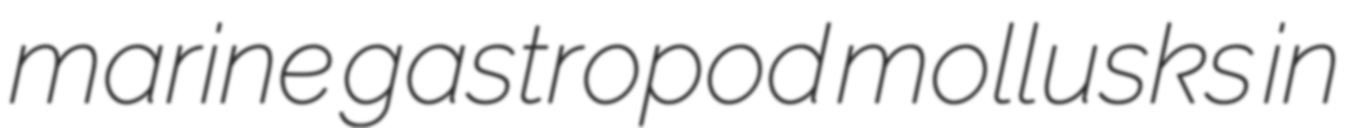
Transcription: marine gastropod mollusks in